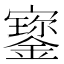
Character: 𡫷